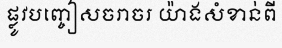
ផ្លូវបញ្ចៀសចរាចរ យ៉ាងសំខាន់ពី